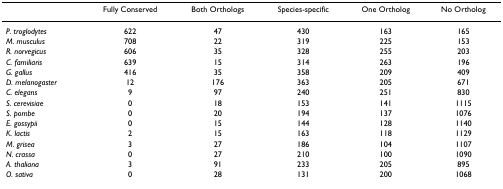
<table><thead><tr><td></td><td><b>Fully Conserved</b></td><td><b>Both Orthologs</b></td><td><b>Species-specific</b></td><td><b>One Ortholog</b></td><td><b>No Ortholog</b></td></tr></thead><tbody><tr><td><i>P. troglodytes</i></td><td>622</td><td>47</td><td>430</td><td>163</td><td>165</td></tr><tr><td><i>M. musculus</i></td><td>708</td><td>22</td><td>319</td><td>225</td><td>153</td></tr><tr><td><i>R. norvegicus</i></td><td>606</td><td>35</td><td>328</td><td>255</td><td>203</td></tr><tr><td><i>C. familiaris</i></td><td>639</td><td>15</td><td>314</td><td>263</td><td>196</td></tr><tr><td><i>G. gallus</i></td><td>416</td><td>35</td><td>358</td><td>209</td><td>409</td></tr><tr><td><i>D. melanogaster</i></td><td>12</td><td>176</td><td>363</td><td>205</td><td>671</td></tr><tr><td><i>C. elegans</i></td><td>9</td><td>97</td><td>240</td><td>251</td><td>830</td></tr><tr><td><i>S. cerevisiae</i></td><td>0</td><td>18</td><td>153</td><td>141</td><td>1115</td></tr><tr><td><i>S. pombe</i></td><td>0</td><td>20</td><td>194</td><td>137</td><td>1076</td></tr><tr><td><i>E. gossypii</i></td><td>0</td><td>15</td><td>144</td><td>128</td><td>1140</td></tr><tr><td><i>K. lactis</i></td><td>2</td><td>15</td><td>163</td><td>118</td><td>1129</td></tr><tr><td><i>M. grisea</i></td><td>3</td><td>27</td><td>186</td><td>104</td><td>1107</td></tr><tr><td><i>N. crassa</i></td><td>0</td><td>27</td><td>210</td><td>100</td><td>1090</td></tr><tr><td><i>A. thaliana</i></td><td>3</td><td>91</td><td>233</td><td>205</td><td>895</td></tr><tr><td><i>O. sativa</i></td><td>0</td><td>28</td><td>131</td><td>200</td><td>1068</td></tr></tbody></table>